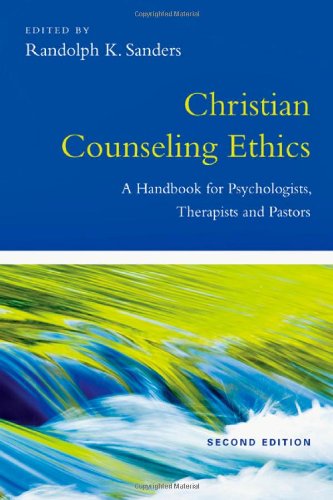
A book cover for Christian Counseling Ethics: A Handbook for Psychologists, Therapists and Pastors; Christian Books & Bibles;